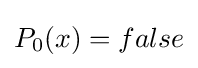
P_{0}(x)=false